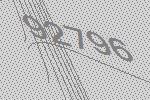
92796